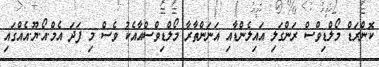
ކޮންރަޑް މޯލްޑިވްސް ރަންގަލި އައިލެންޑާއި އަނަންތާރާ މޯލްޑިވްސްއާއެކު ވެސް މި ފަދަ އެމް.އޯ.ޔޫ.އެއްގައި